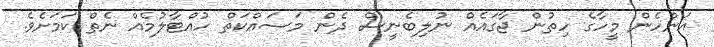
އަންހެން މީހާގެ ހިތުން ޖާގައެއް ނުލިބެނީސް ދެން މަސައްކަތް ހުއްޓާލުމެއް ނެތް ކަމަށެވެ.